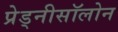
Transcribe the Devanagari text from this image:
प्रेड्नीसॉलोन